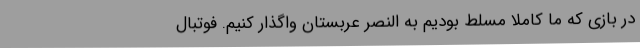
در بازی که ما کاملا مسلط بودیم به النصر عربستان واگذار کنیم. فوتبال